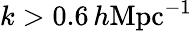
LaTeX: k>0.6\, h\textrm{Mpc}{^{-1}}